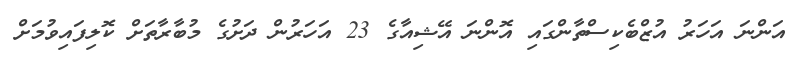
އަންނަ އަހަރު އުޒްބެކިސްތާންގައި އޮންނަ އޭޝިއާގެ 23 އަހަރުން ދަށުގެ މުބާރާތަށް ކޮލިފައިވުމަށް